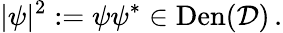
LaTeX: |\psi|^{2}:=\psi\psi^{*}\in\mathrm{Den}(\mathcal{D})\, .